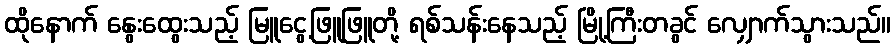
ထိုနောက် နွေးထွေးသည့် မြူငွေ့ဖြူဖြူတို့ ရစ်သန်းနေသည့် မြို့ကြီးတခွင် လျှောက်သွားသည်။